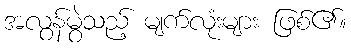
အလွန်မွဲသည့် မျက်လုံးများ ဖြစ်၏။